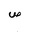
Letter: _sad